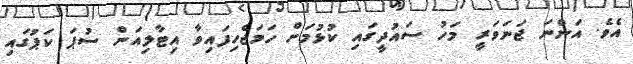
އެވެ. އަންނަ ޖަނަވަރީ މަހު ސައުދީގައި ކުޅުމަށް ހަމަޖެހިފައިވާ އިޓާލިއަން ސުޕަ ކަޕުގައި